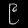
Digit: ၉